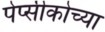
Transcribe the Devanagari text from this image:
पेप्सीकोच्या